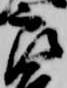
郎